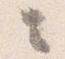
々